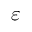
\varepsilon